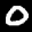
Label: 0